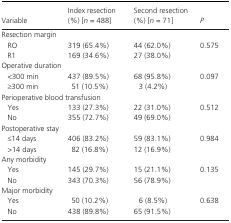
<table><thead><tr><td><b>Variable</b></td><td><b>Index resection (%) [<i>n</i> = 488]</b></td><td><b>Second resection (%) [<i>n</i> = 71]</b></td><td><b><i>P</i></b></td></tr></thead><tbody><tr><td colspan="4">Resection margin</td></tr><tr><td>RO</td><td>319 (65.4%)</td><td>44 (62.0%)</td><td>0.575</td></tr><tr><td>R1</td><td>169 (34.6%)</td><td>27 (38.0%)</td><td>[EMPTY_CELL]</td></tr><tr><td colspan="4">Operative duration</td></tr><tr><td>&lt;300 min</td><td>437 (89.5%)</td><td>68 (95.8%)</td><td>0.097</td></tr><tr><td>≥300 min</td><td>51 (10.5%)</td><td>3 (4.2%)</td><td>[EMPTY_CELL]</td></tr><tr><td colspan="4">Perioperative blood transfusion</td></tr><tr><td>Yes</td><td>133 (27.3%)</td><td>22 (31.0%)</td><td>0.512</td></tr><tr><td>No</td><td>355 (72.7%)</td><td>49 (69.0%)</td><td>[EMPTY_CELL]</td></tr><tr><td colspan="4">Postoperative stay</td></tr><tr><td>≤14 days</td><td>406 (83.2%)</td><td>59 (83.1%)</td><td>0.984</td></tr><tr><td>&gt;14 days</td><td>82 (16.8%)</td><td>12 (16.9%)</td><td>[EMPTY_CELL]</td></tr><tr><td colspan="4">Any morbidity</td></tr><tr><td>Yes</td><td>145 (29.7%)</td><td>15 (21.1%)</td><td>0.135</td></tr><tr><td>No</td><td>343 (70.3%)</td><td>56 (78.9%)</td><td>[EMPTY_CELL]</td></tr><tr><td colspan="4">Major morbidity</td></tr><tr><td>Yes</td><td>50 (10.2%)</td><td>6 (8.5%)</td><td>0.638</td></tr><tr><td>No</td><td>438 (89.8%)</td><td>65 (91.5%)</td><td>[EMPTY_CELL]</td></tr></tbody></table>